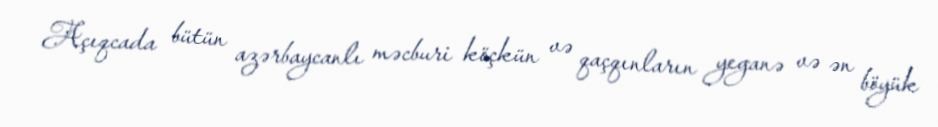
Açıqcada bütün azərbaycanlı məcburi köçkün və qaçqınların yeganə və ən böyük